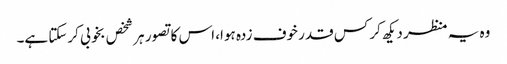
وہ یہ منظر دیکھ کر کس قدر خوف زدہ ہوا، اس کا تصور ہر شخص بخوبی کرسکتا ہے۔